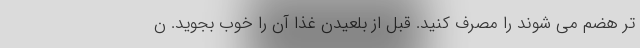
تر هضم می شوند را مصرف کنید. قبل از بلعیدن غذا آن را خوب بجوید. ن